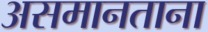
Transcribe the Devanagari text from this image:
असमानताना